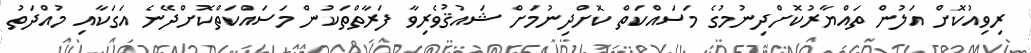
ރިވިއުކޮށް އަލުން ތައްޔާރުކޮށްދިނުމުގެ މަސައްކަތް ކޮށްދިނުމަށް ޝައުޤުވެރިވާ ފަރާތްތަކުން މަސައްކަތްކޮށްދޭނެ އަގަކާއި މުއްދަތު